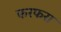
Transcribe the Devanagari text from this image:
फरफरा